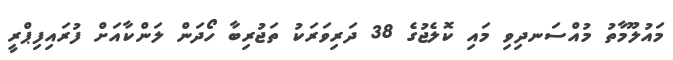
މައުލޫމާތު މުއްސަނދިވި މައި ކޮލެޖުގެ 38 ދަރިވަރަކު ތަޖުރިބާ ހޯދަން ލަންކާއަށް ފުރައިފިޕްރީ